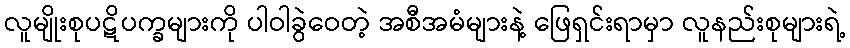
လူမျိုးစုပဋိပက္ခများကို ပါဝါခွဲဝေတဲ့ အစီအမံများနဲ့ ဖြေရှင်းရာမှာ လူနည်းစုများရဲ့